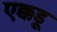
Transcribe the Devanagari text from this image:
एक्कडू